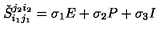
\check { S } _ { i _ { 1 } j _ { 1 } } ^ { j _ { 2 } i _ { 2 } } = \sigma _ { 1 } E + \sigma _ { 2 } P + \sigma _ { 3 } I